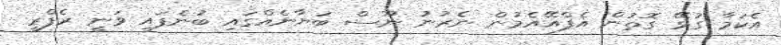
އެކަމާ ގުޅޭ ގޮތުން އެފްއޭއެމުން ނެރުނު ނޫސް ބަޔާނެއްގައި ބުނެފައި ވަނީ ރެފްރީ